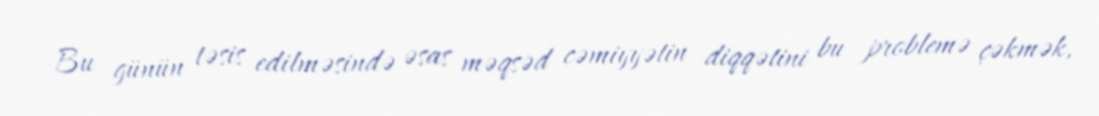
Bu günün təsis edilməsində əsas məqsəd cəmiyyətin diqqətini bu problemə çəkmək,